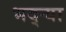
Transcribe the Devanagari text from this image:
भद्‌ऱ्या